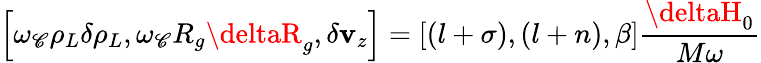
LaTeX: \left[\omega_{\mathscr{C}}\rho_{L}\delta\rho_{L},\omega_{\mathscr{C}}R_{g}\deltaR_{g},\delta\mathbf{v}_{z}\right]=\left[\left(l+\sigma\right),\left(l+n\right),\beta\right]\frac{{\deltaH_{0}}}{{M\omega}}